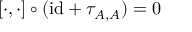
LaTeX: [ \cdot , \cdot ] \circ ( { \operatorname { i d } } + \tau _ { A , A } ) = 0